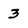
Character: 3